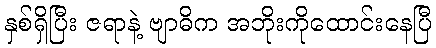
နှစ်ရှိပြီး ဇရာနဲ့ ဗျာဓိက အဘိုးကိုထောင်းနေပြီ